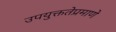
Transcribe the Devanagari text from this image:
उपयुक्ततेप्रमाणे